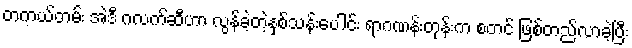
တကယ်တမ်း အဲဒီ ဂလက်ဆီဟာ လွန်ခဲ့တဲ့နှစ်သန်းပေါင်း ရာဂဏန်းတုန်းက စတင် ဖြစ်တည်လာခဲ့ပြီး